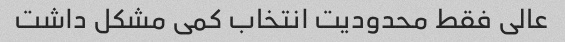
عالی فقط محدودیت انتخاب کمی مشکل داشت